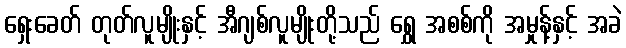
ရှေးခေတ် တုတ်လူမျိုးနှင့် အီဂျစ်လူမျိုးတို့သည် ရွှေ အစစ်ကို အမှုန့်နှင့် အခဲ